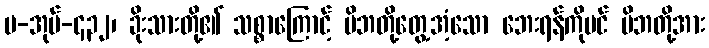
ပ-အုပ်-၄၃၂၊ ခိုးသားတို့၏ သစ္စာကြောင့် မိဘတို့တွေ့အံ့သော ဘေးရန်ကိုပင် မိဘတို့အား